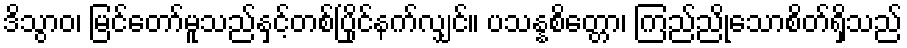
ဒိသွာဝ၊ မြင်တော်မူသည်နှင့်တစ်ပြိုင်နက်လျှင်။ ပသန္နစိတ္တော၊ ကြည်ညိုသောစိတ်ရှိသည်